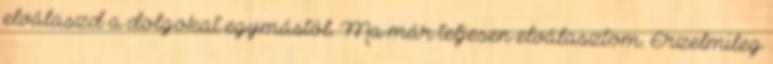
elválaszd a dolgokat egymástól. Ma már teljesen elválasztom. Érzelmileg